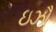
ઇઝૌ